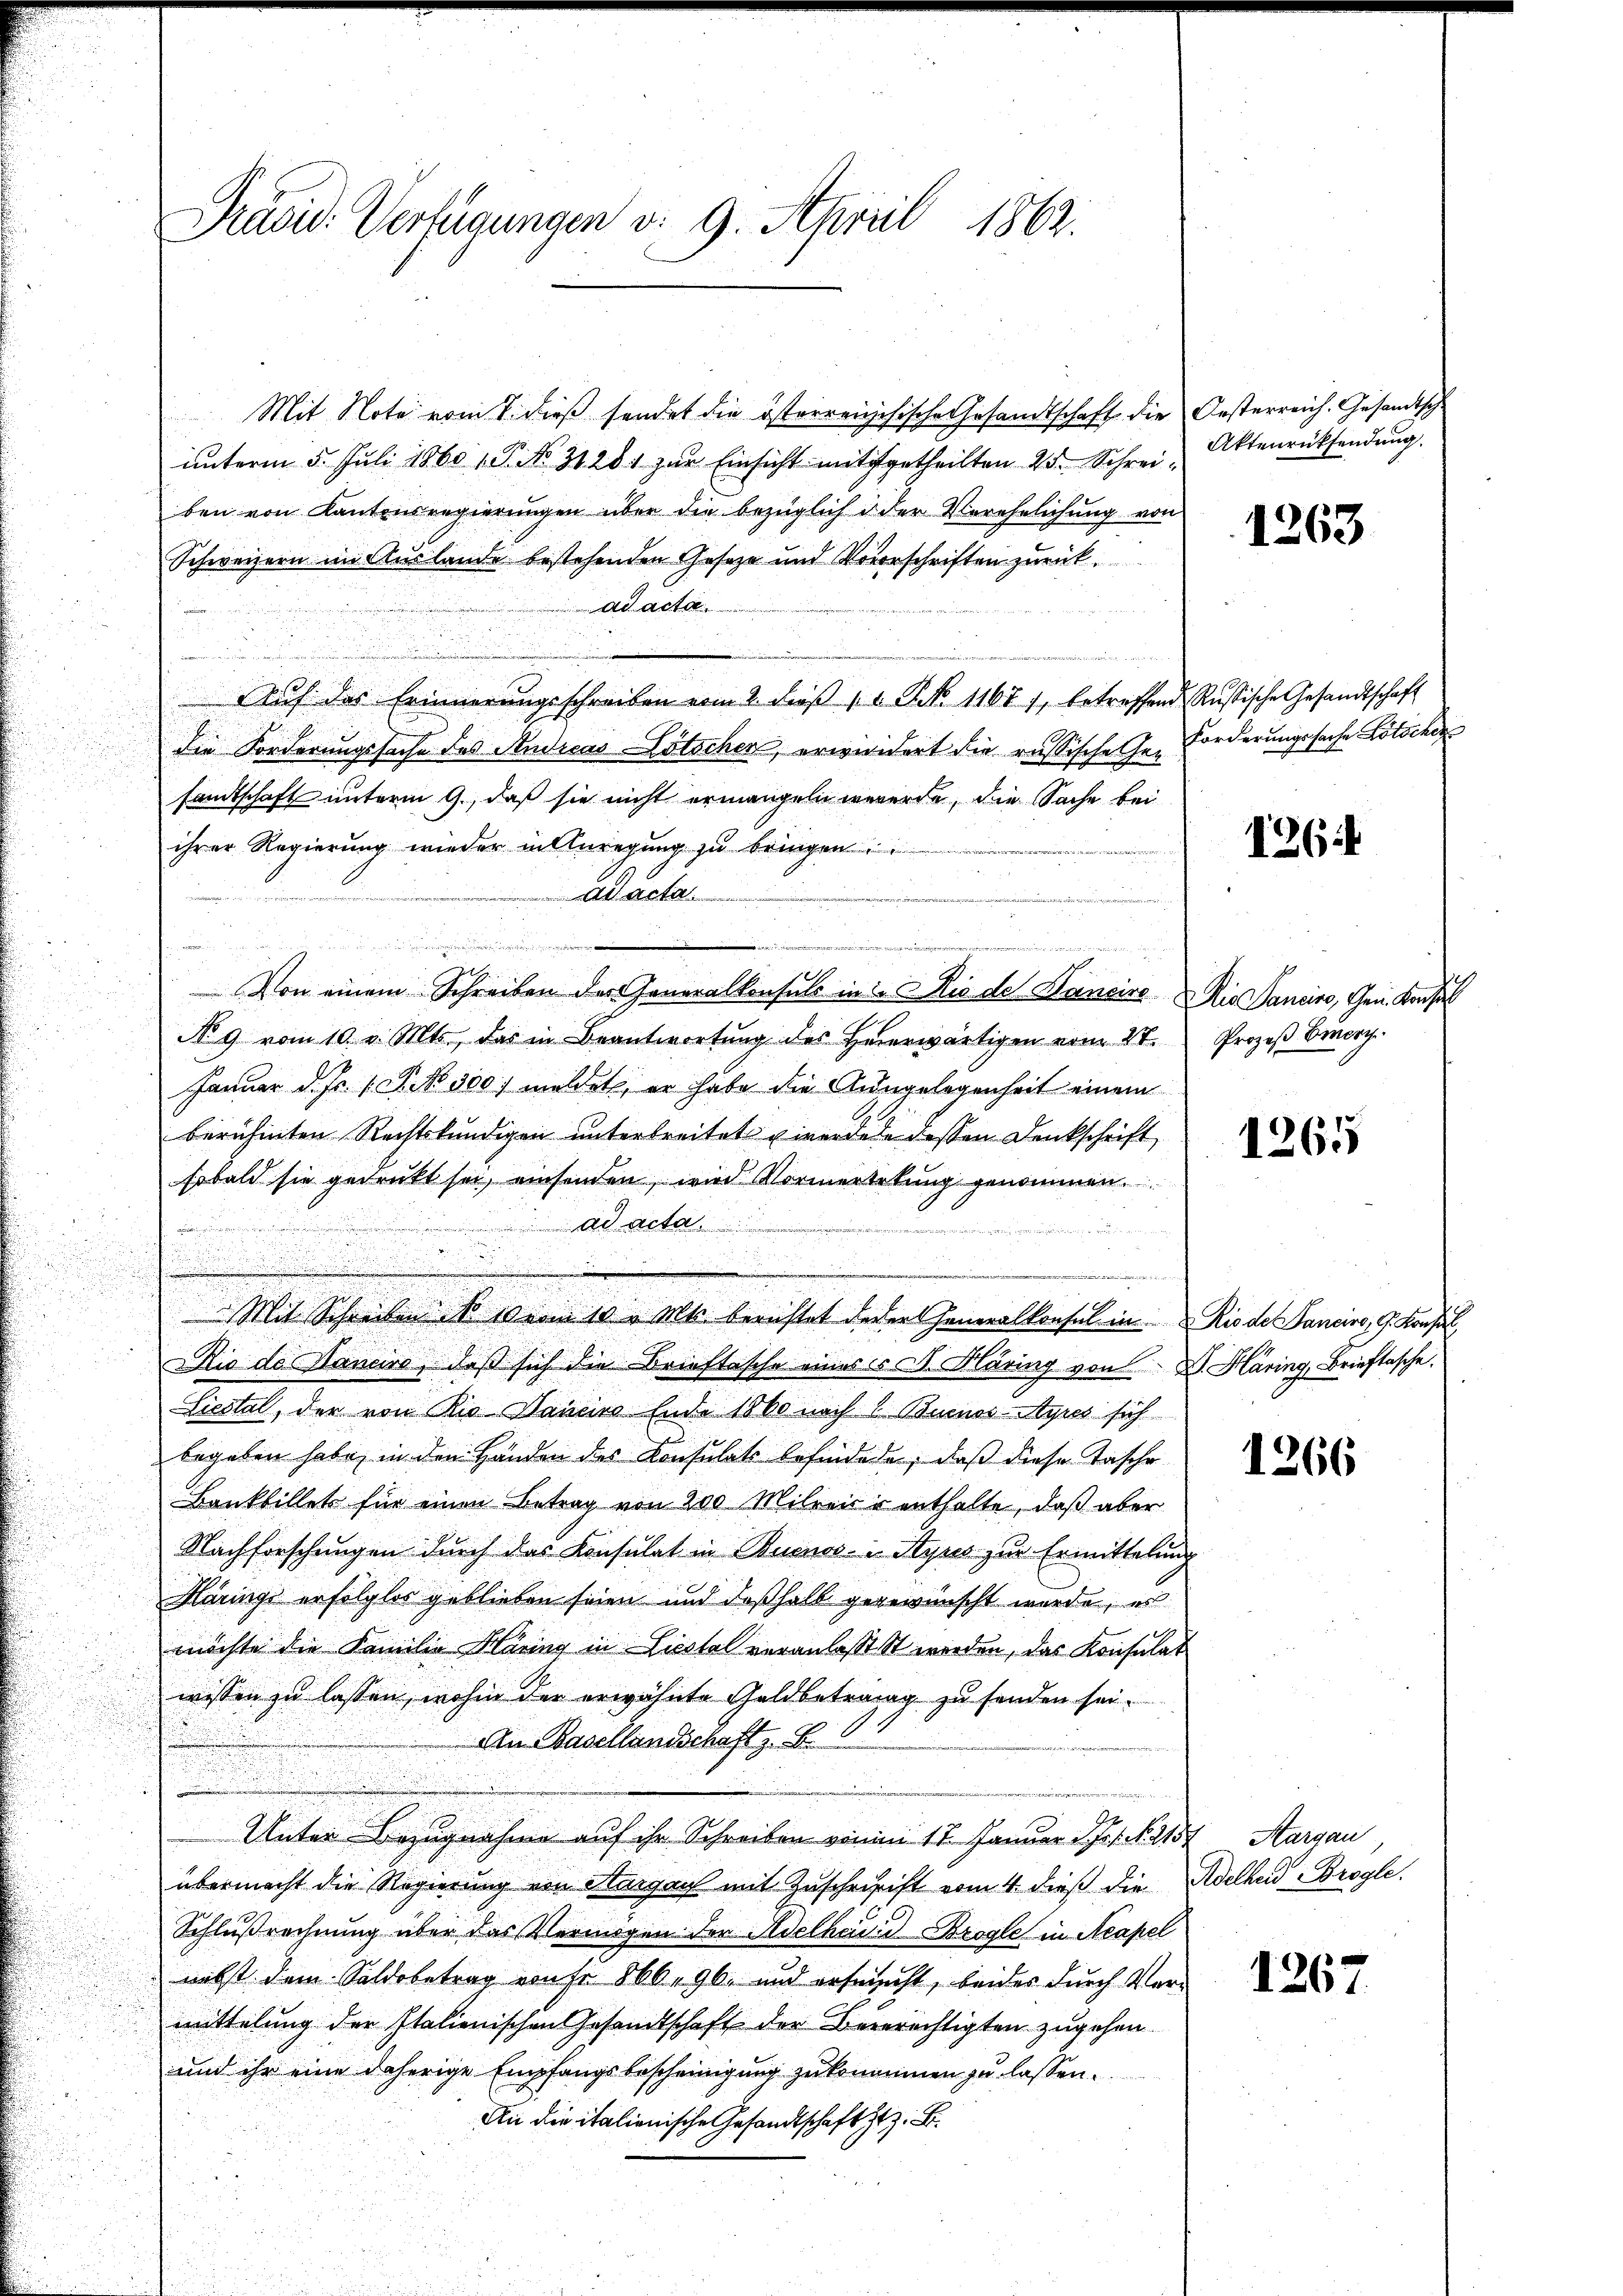
Präsid. Verfügungen v. 9. April 1862.

Mit Note vom 1. dieβ sendet die österreichische Gesandtschaft die Oesterreich. Gesandtsch.
unterm 5. Juli 1860 1. P. No. 31281 zur Einsicht mitgetheilten 25. Schreiben von Kantonsregierŭngen über die bezüglich in der Verehelichŭng von
Schweizern im Auslande bestehenden Gesetze und Vorerschriften zurück.
ad acta
u
Aŭf des Erinnerungsschreiben vom 2. dieβ " " G. No. 11671, betreffend Russische Gesandtschaft
n
die Forderungssache des Andicas Lötschen, erwiedert die russische Gen
samtschaft unterm 9., daß sie nicht ermangeln werde, die Sache bei
ihrer Regierung wieder in Anregung zu bringen
Adacta
d
.
Von einem Schreiben der Generalkonsuls in in Rio de Hancire Rio Sancino, Gen. Konsul
No 9 vom 10. v. Mts., das in Beantwortŭng des Heerwärtigen vom 28. Prozeβ Berch
Januar d. Js. s. S. 300 meldet, er habe die Ausgelegenheit einem
berühmten Rechtskundigen unterbreitet werdete dessen Denkschrift
sobald sie gedruckt sei, einsenden, wird Vormerkekung genommen.
Ad Acta
,
t
d

.
i

Mit Schreiben ist dem 10. Mts. berichtet jeder Generalkonsul in Rio de Sancino, G. Konsul
Rio der Hanciro, daß sich die Brieftasche eines C. S. Häring von Dr. Häring, Brieftasche.
Liestal, der von Rio Bancis Ende 1860 nach 1 Buenos-Ayres sich
begeben habe, in den Händen der Konsulat befindete, daß diese Tasche
Bankbillets für einen Betrag von 200 Milreise enthalte, daß aber
Nachforschungen durch das Konsulat in Buenos-Ayres zur Ermittelung
Märinge erfolglos geblieben seien und deßhalb gegewünscht wurde, es
möchte die Familie Häring in Liestal veranlasst St werden, das Konsulat
wissen zu lassen, wohin der erwähnte Geldbetrag zu senden sei.
An Basellandschaft z. B.
Unter Bezugnahme auf ihr Schreiben von 17. Januar d. Js. s. No. 2157
übermacht die Regierung von Aargauf mit Zŭschristift vom 4. dieß die Adelhard Brogle
Schlußrechnung über das Vermögen der Adelhaid Brogles in Neapel
nebst dem Saldobetrag aufe 866, 96, und ersucht, beides durch Vermittelung der Italienischen Gesandtschaft der Begerechtigten zugehen.
und ihr eine daherige Empfangsbescheinigung zukonomen zu lassen.
An die italienische Gesandtschaft z. B.

ea und

Aktenrücksendung.

1263

Forderungssache Totsche

126

1265

1266

Aargau,

1267